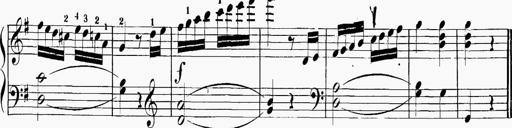
Title: 6 Sonatinas
Composer: Carl Reinecke